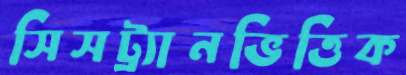
সিসট্র্যানভিত্তিক